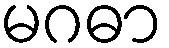
မဂဓာ